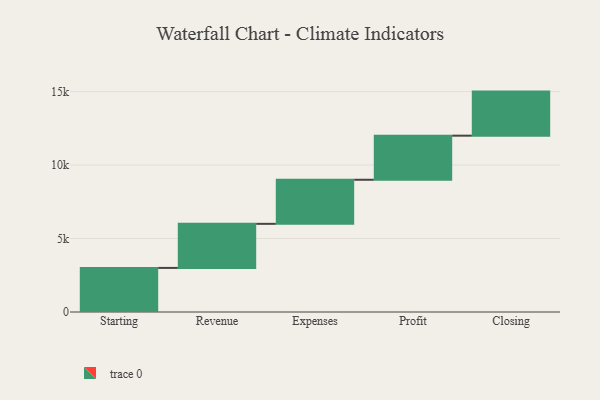
{"axis": {"x": "Step", "y": "Value"}, "legend": [""], "data": [{"x": "Starting", "y": 3000, "type": ""}, {"x": "Revenue", "y": 3000, "type": ""}, {"x": "Expenses", "y": 3000, "type": ""}, {"x": "Profit", "y": 3000, "type": ""}, {"x": "Closing", "y": 3000, "type": ""}]}